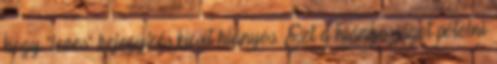
hogy "leves" bejegyzés kicsit hiányos. Ezt a hiányosságot pótolni